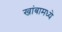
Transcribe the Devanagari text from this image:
खांबामध्ये